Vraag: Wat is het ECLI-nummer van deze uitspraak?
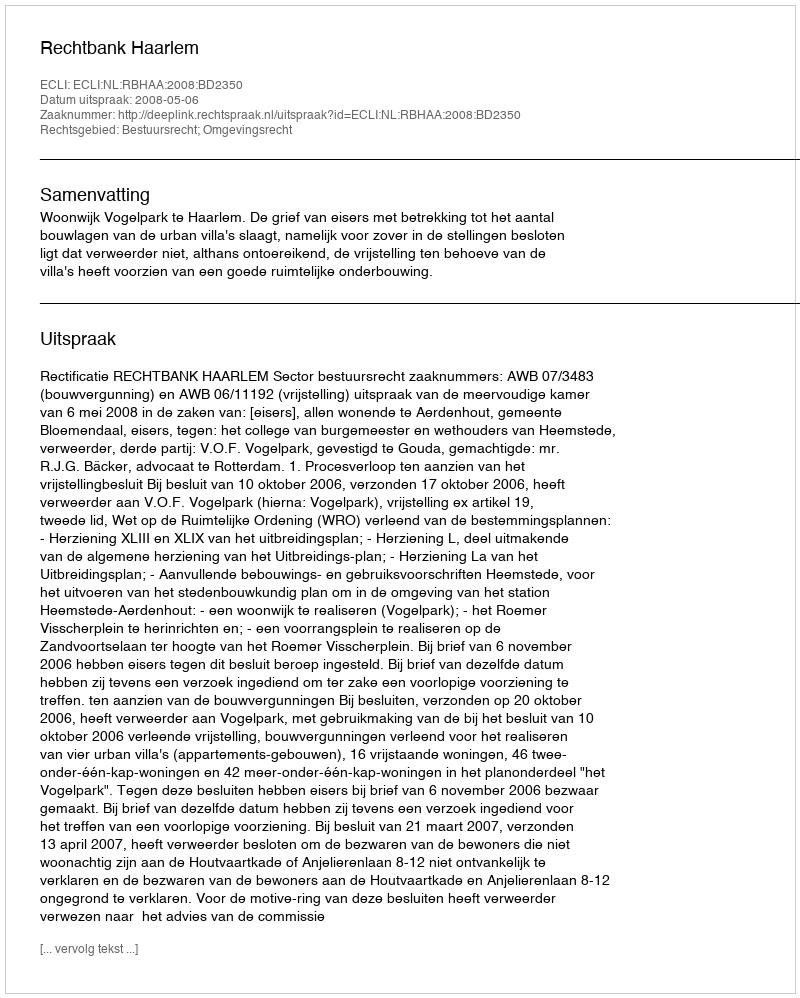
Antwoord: ECLI:NL:RBHAA:2008:BD2350